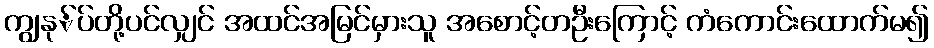
ကျွနု်ပ်တို့ပင်လျှင် အထင်အမြင်မှားသူ အစောင့်တဦးကြောင့် ကံကောင်းထောက်မ၍